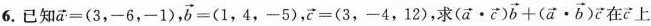
6.已知$$\overrightarrow { a } = ( 3 ， - 6 ， - 1 )$$， $$\overrightarrow { b } = ( 1 , 4 , - 5 )$$，$$\overrightarrow { c } = ( 3 ， - 4 ， 1 2 )$$，求 $$( \overrightarrow { a } \cdot \overrightarrow { c } ) \overrightarrow { b } + ( \overrightarrow { a } \cdot \overrightarrow { b } ) \overrightarrow { c }$$ 在\overrightarrow{c}上